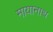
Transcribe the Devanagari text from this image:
मायानाथ